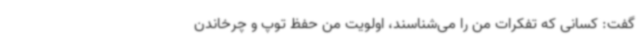
گفت: کسانی که تفکرات من را می‌شناسند، اولویت من حفظ توپ و چرخاندن